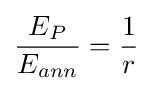
{\frac {E_{P}}{E_{ann}}}={\frac {1}{r}}